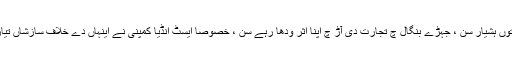
اوہ شروع توں ای بنگال چ عیار برطانویاں توں ہشیار سن ، جہڑے بنگال چ تجارت دی آڑ چ اپنا اثر ودھا رہے سن ، خصوصا ایسٹ انڈیا کمپنی نے اینہاں دے خلاف سازشاں تیار کیتیاں ، جہڑیاں نواب نوں معلوم ہوگئیاں ۔